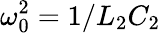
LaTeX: \omega_{0}^{2}=1/L_{2}C_{2}